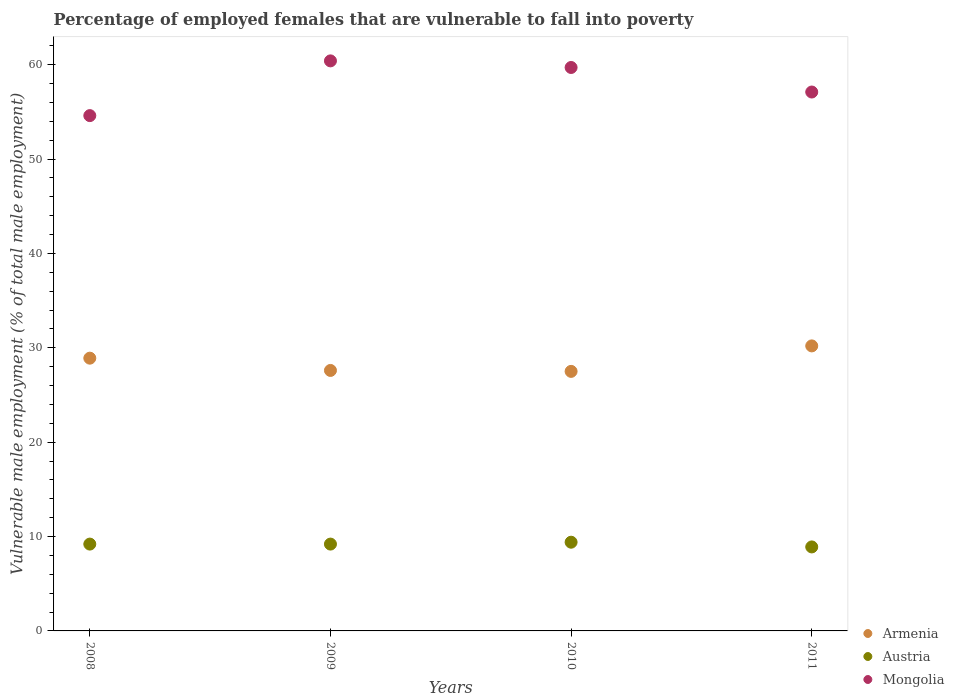
| Years | Armenia | Austria | Mongolia |
 | --- | --- | --- | --- |
 | 2008 | 28.9 | 9.2 | 54.6 |
 | 2009 | 27.6 | 9.2 | 60.4 |
 | 2010 | 27.5 | 9.4 | 59.7 |
 | 2011 | 30.2 | 8.9 | 57.1 |